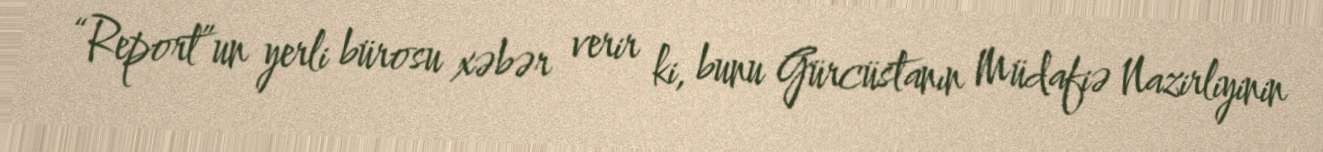
“Report”un yerli bürosu xəbər verir ki, bunu Gürcüstanın Müdafiə Nazirliyinin